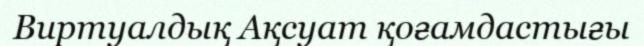
Виртуалдық Ақсуат қоғамдастығы